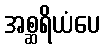
အစ္ဆရိယံပေ